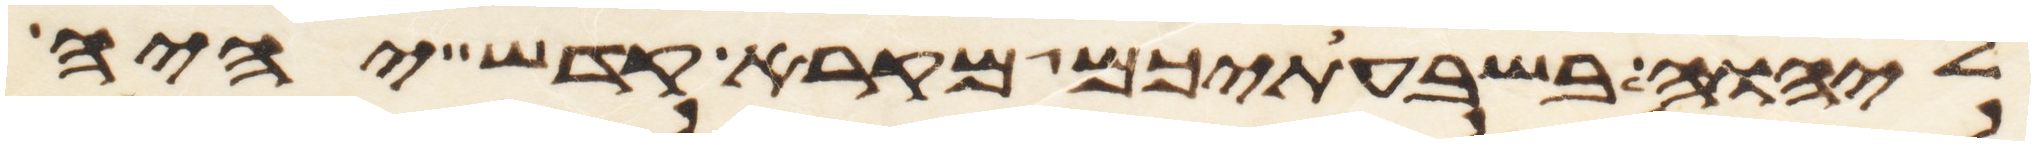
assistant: ליהוה בשבעתיכם מקרא קדש יהיה